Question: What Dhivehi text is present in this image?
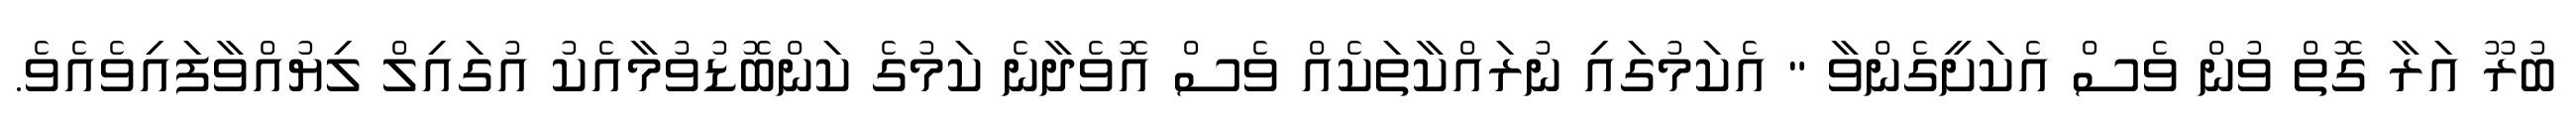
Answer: ބުރޫ އަރާ ގޮތް ވުން ވެސް އެކަށީގެންވާ " އެކަމުގައި ނުރައްކާތަކެއް ވެސް އޮވެދާނެ ކަމުގެ ކަންބޮޑުވުމާއެކު އުގައިލް ލިޔުއްވާފައިވެއެވެ.